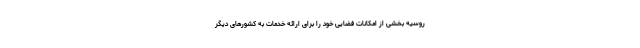
روسیه بخشی از امکانات فضایی خود را برای ارائه خدمات به کشورهای دیگر